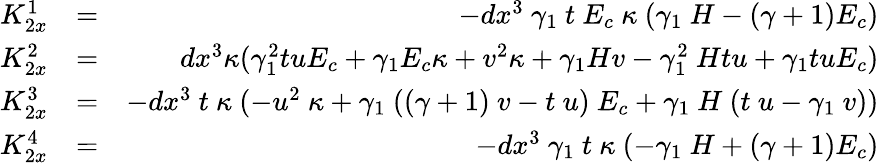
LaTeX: \begin{array}{rlr}{K_{2x}^{1}}&{=}&{-dx^{3}~\gamma_{1}~t~E_{c}~\kappa~(\gamma_{1}~H-(\gamma+1)E_{c})}\\ {K_{2x}^{2}}&{=}&{dx^{3}\kappa(\gamma_{1}^{2}tuE_{c}+\gamma_{1}E_{c}\kappa+v^{2}\kappa+\gamma_{1}Hv-\gamma_{1}^{2}~Htu+\gamma_{1}tuE_{c})}\\ {K_{2x}^{3}}&{=}&{-dx^{3}~t~\kappa~(-u^{2}~\kappa+\gamma_{1}~((\gamma+1)~v-t~u)~E_{c}+\gamma_{1}~H~(t~u-\gamma_{1}~v))}\\ {K_{2x}^{4}}&{=}&{-dx^{3}~\gamma_{1}~t~\kappa~(-\gamma_{1}~H+(\gamma+1)E_{c})}\end{array}